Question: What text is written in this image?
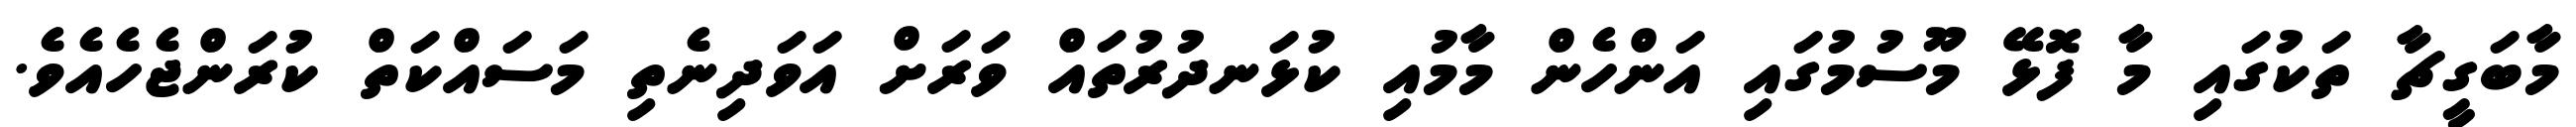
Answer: މާބަގީޗާ ތަކުގައި މާ ފޮޅޭ މޫސުމުގައި އަންހެން މާމުއި ކުޅަނދުރުތައް ވަރަށް އަވަދިނެތި މަސައްކަތް ކުރަންޖެހެއެވެ.